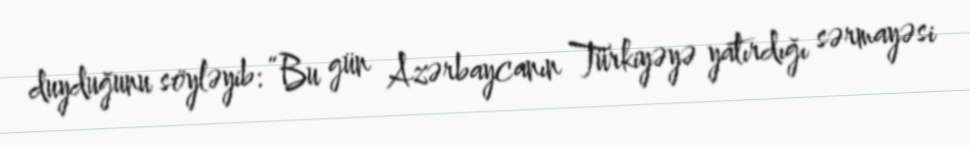
duyduğunu söyləyib: “Bu gün Azərbaycanın Türkiyəyə yatırdığı sərmayəsi